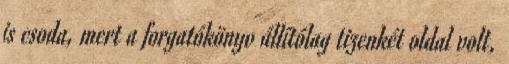
is csoda, mert a forgatókönyv állítólag tizenkét oldal volt,